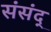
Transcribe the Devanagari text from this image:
संसंद्